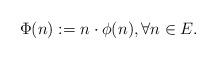
LaTeX: \begin{align*}\Phi (n):= n \cdot \phi (n), \forall n\in E. \end{align*}